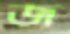
জ